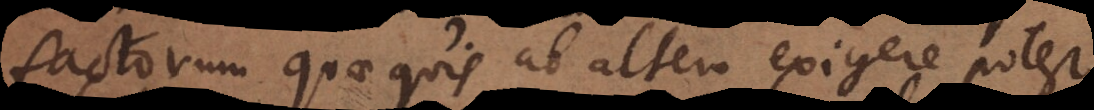
factorum quae quis ab altero exigere potest,